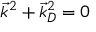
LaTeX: { \vec { k } } ^ { 2 } + { \vec { k } } _ { D } ^ { 2 } = 0